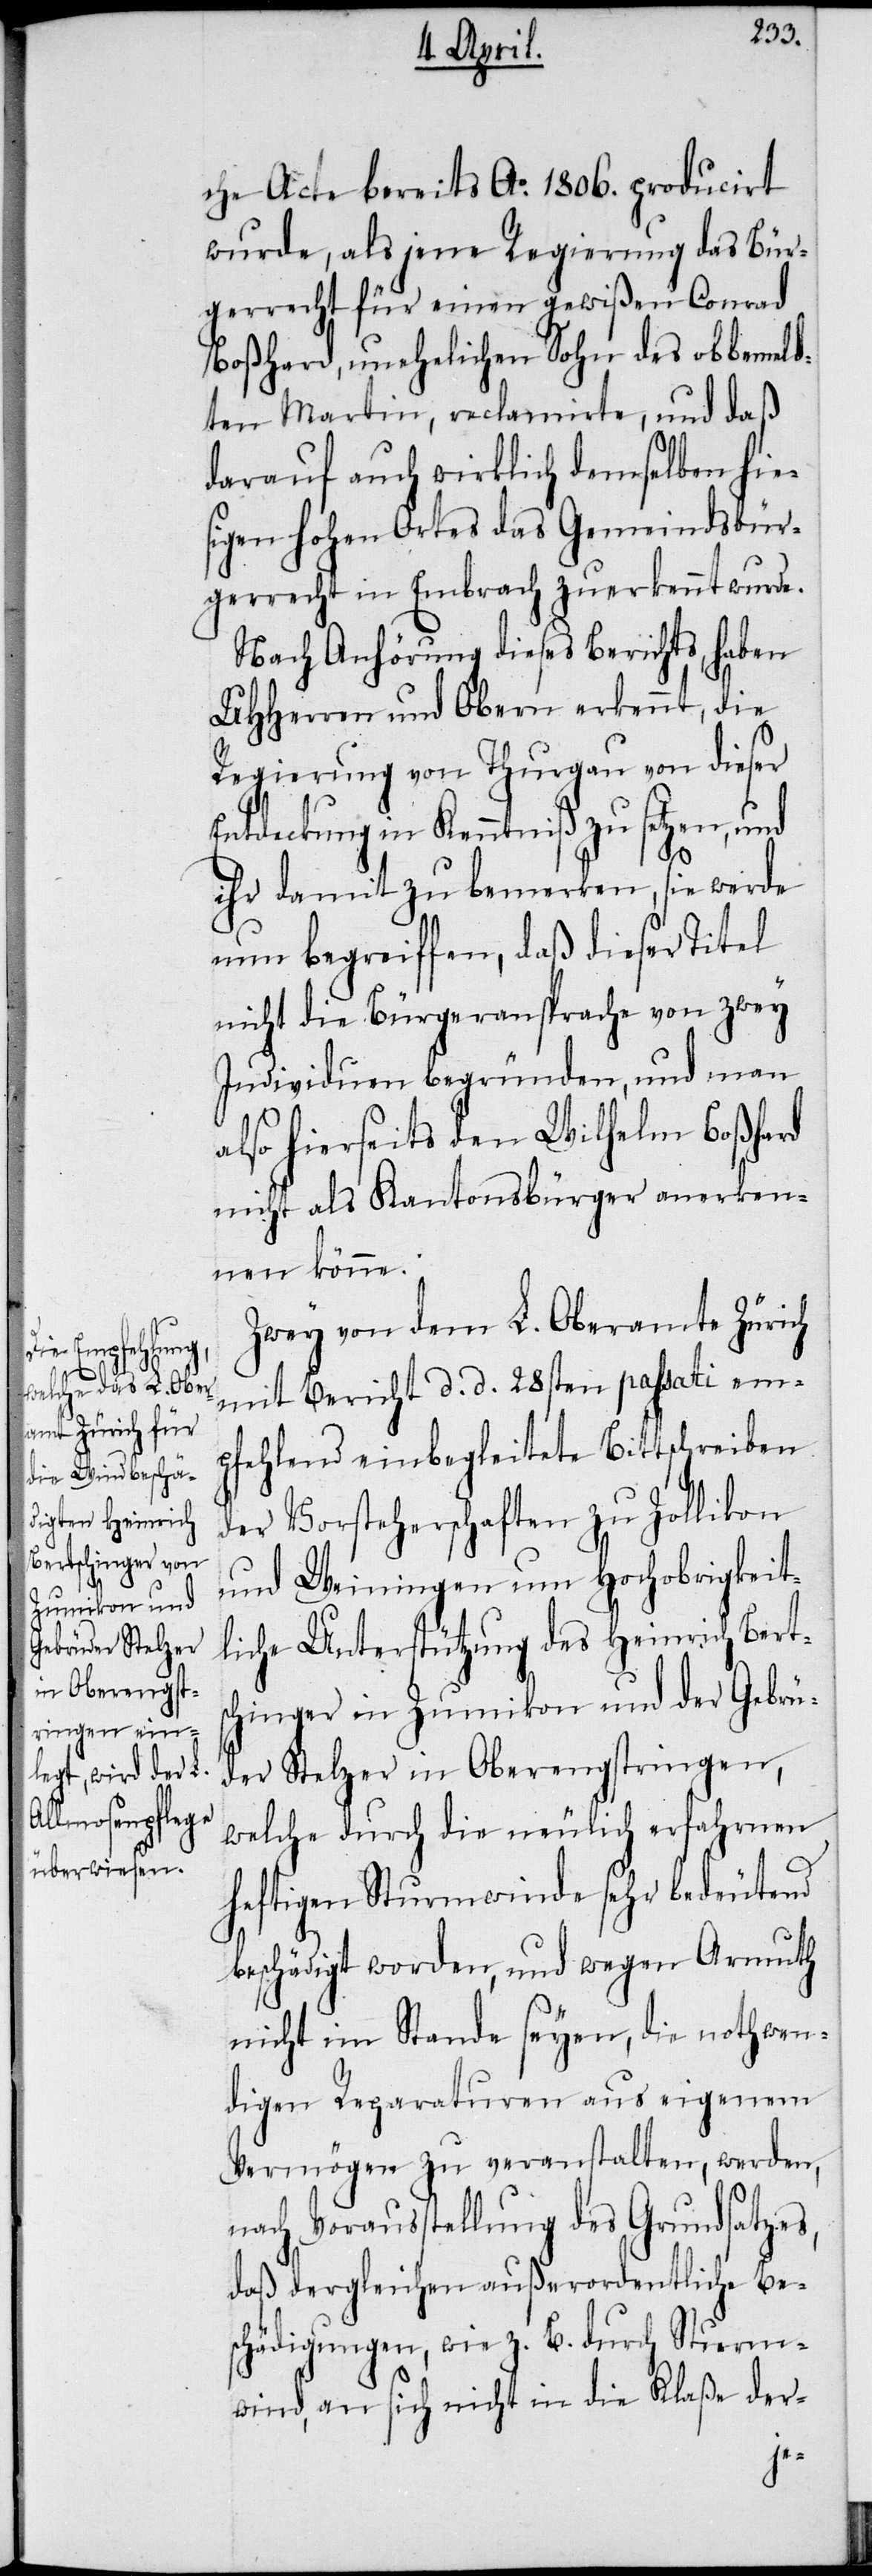
che Acte bereits Ao. 1806. producirt
wurde, als jene Regierung das Bür¬
gerrecht für einen gewißen Conrad
Boßhard, unehelichen Sohn des obbemeld¬
ten Martin, reclamirte, und daß
darauf auch wirklich demselben hie¬
sigen hohen Ortes das Gemeindsbür¬
gerrecht in Embrach zuerkennt wurde.
Nach Anhörung dieses Berichts, haben
UHHerren und Obern erkennt, die
Regierung von Thurgau von dieser
Entdeckung in Kenntniß zu setzen, und
ihr damit zu bemerken, sie werde
nun begreiffen, daß dieser Titel
nicht die Bürgeransprache von zwey
Individuen begründen, und man
also hierseits den Wilhelm Boßhard
nicht als Kantonsbürger anerken¬
nen könne.
Zwey von dem L. Oberamte Zürich
mit Bericht d. d. 28sten passati em¬
pfehlend einbegleitete Bittschreiben
der Vorsteherschaften zu Zollikon
und Weiningen um Hochobrigkeit¬
liche Unterstützung des Heinrich Berts¬
chinger in Zumikon und der Gebrü¬
der Stelzer in Oberengstringen,
welche durch die neulich erfahrnen
heftigen Sturmwinde sehr bedeutend
beschädigt worden, und wegen Armuth
nicht im Stande seyen, die nothwen¬
digen Reparaturen aus eigenem
Vermögen zu veranstalten, werden,
nach Vorausstellung des Grundsatzes,
daß dergleichen außerordentliche Be¬
schädigungen, wie z. B. durch Sturm¬
wind, an sich nicht in die Klaße der-